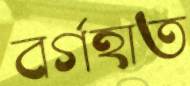
বর্গহাত